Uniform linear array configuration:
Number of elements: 4
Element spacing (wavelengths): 0.5
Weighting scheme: cosine
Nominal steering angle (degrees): -60
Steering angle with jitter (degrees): -61.239
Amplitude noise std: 0.05
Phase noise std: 0.05

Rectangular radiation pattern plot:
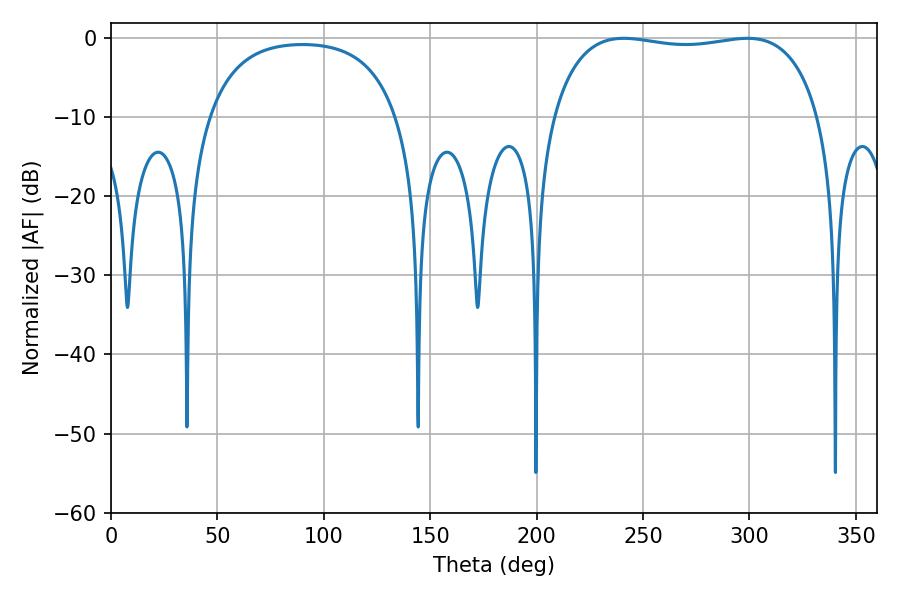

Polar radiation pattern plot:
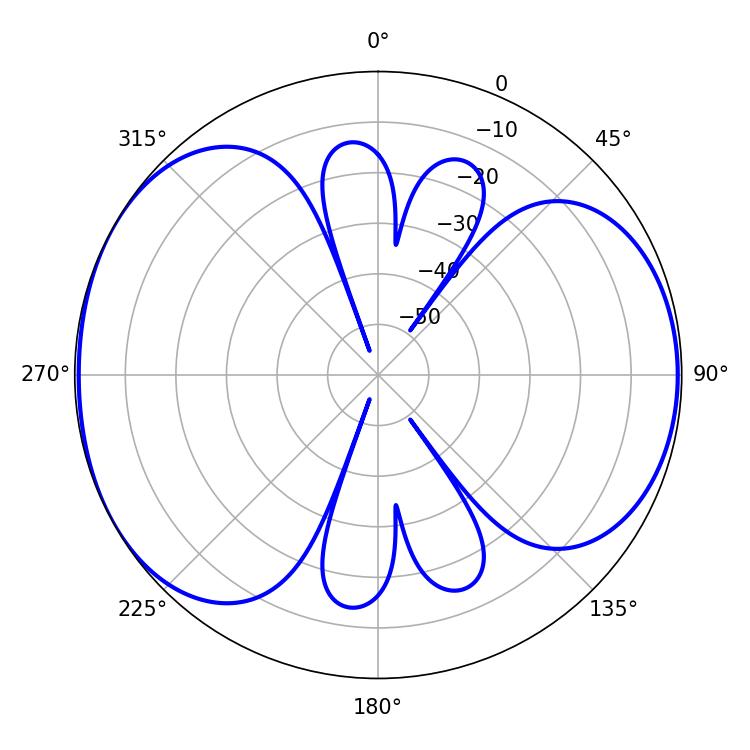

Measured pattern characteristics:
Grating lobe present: FALSE
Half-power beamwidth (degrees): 101.16
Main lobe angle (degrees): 241.02